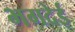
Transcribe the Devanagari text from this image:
भगदेई